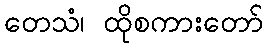
တေသံ၊ ထိုစကားတော်